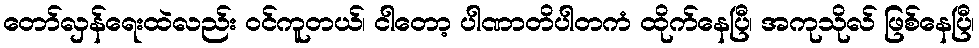
တော်လှန်ရေးထဲလည်း ဝင်ကူတယ်၊ ငါတော့ ပါဏာတိပါတကံ ထိုက်နေပြီ၊ အကုသိုလ် ဖြစ်နေပြီ၊